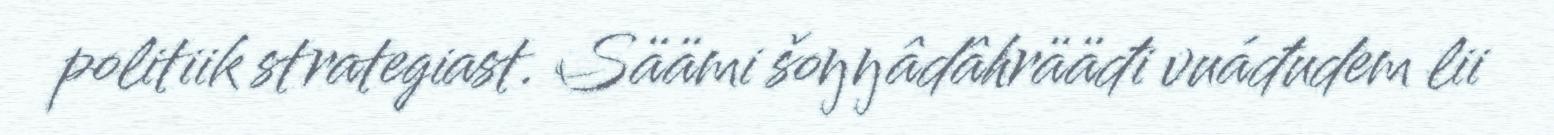
politiik strategiast. Säämi šoŋŋâdâhrääđi vuáđudem lii